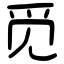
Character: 觅